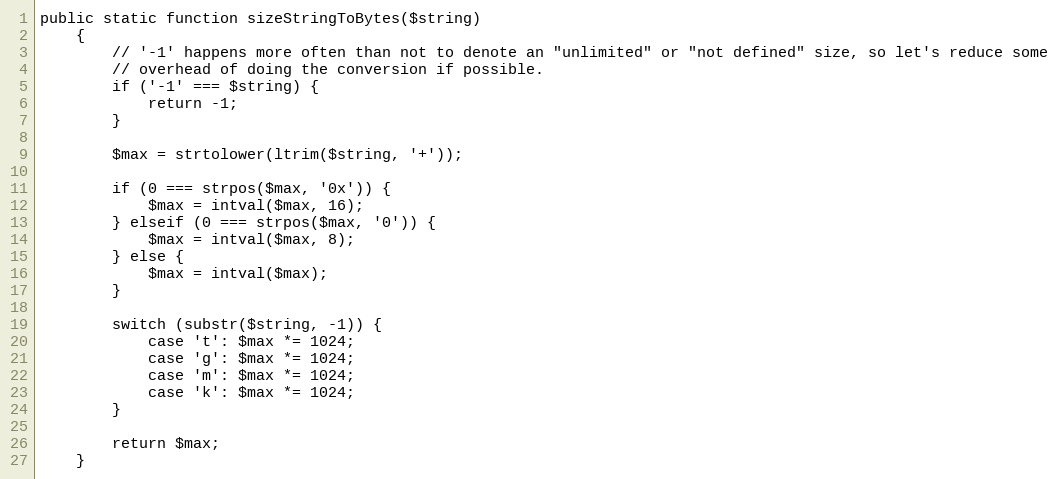
Language: PHP
public static function sizeStringToBytes($string)
    {
        // '-1' happens more often than not to denote an "unlimited" or "not defined" size, so let's reduce some
        // overhead of doing the conversion if possible.
        if ('-1' === $string) {
            return -1;
        }

        $max = strtolower(ltrim($string, '+'));

        if (0 === strpos($max, '0x')) {
            $max = intval($max, 16);
        } elseif (0 === strpos($max, '0')) {
            $max = intval($max, 8);
        } else {
            $max = intval($max);
        }

        switch (substr($string, -1)) {
            case 't': $max *= 1024;
            case 'g': $max *= 1024;
            case 'm': $max *= 1024;
            case 'k': $max *= 1024;
        }

        return $max;
    }